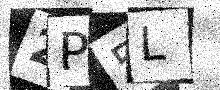
Text: 2P5L